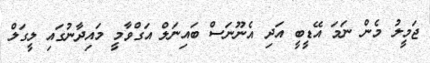
ޖަމީލު މެން ނަމަ އޭޑީބީ އަދި އެނޫނަސް ބައިނަލް އަގްވާމީ މައިދާނުގައި ލީގަލް